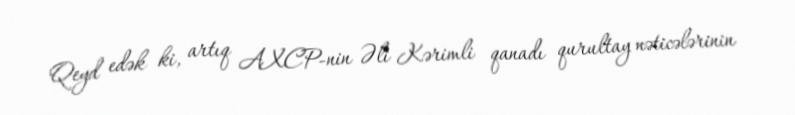
Qeyd edək ki, artıq AXCP-nin Əli Kərimli qanadı qurultay nəticələrinin